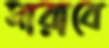
সারাবে